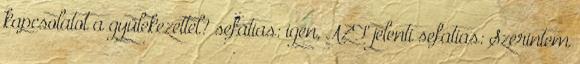
kapcsolatot a gyülekezettel? sefatias: igen, AZT jelenti sefatias: Szerintem